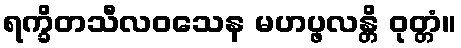
ရက္ခိတသီလဝသေန မဟပ္ဖလန္တိ ဝုတ္တံ။